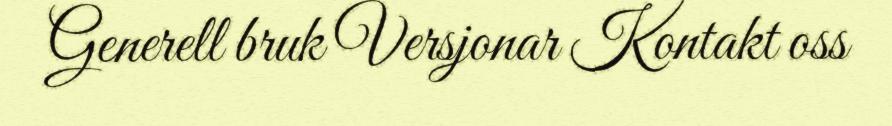
Generell bruk Versjonar Kontakt oss